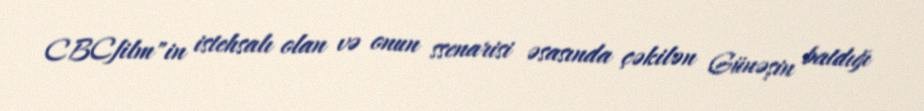
CBCfilm"in istehsalı olan və onun ssenarisi əsasında çəkilən Günəşin batdığı